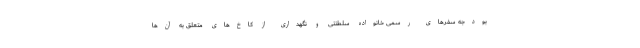
بودجه سفرهای رسمی خانواده سلطنتی و نگهداری از کاخ‌های متعلق به آن‌ها